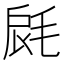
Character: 𣭺